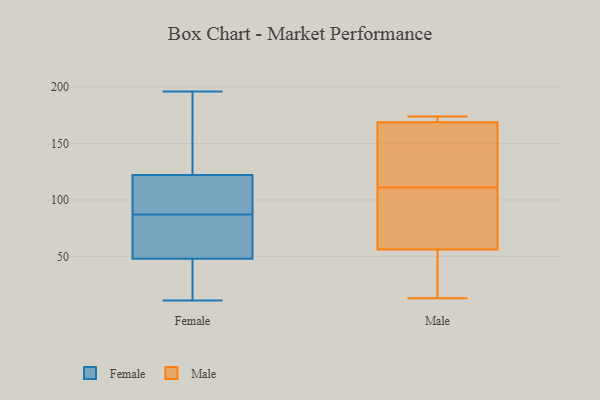
{"axis": {"x": "Population (Million)", "y": "Value"}, "legend": ["Female", "Male"], "data": [{"x": "", "y": 70, "type": "Female"}, {"x": "", "y": 181, "type": "Female"}, {"x": "", "y": 11, "type": "Female"}, {"x": "", "y": 62, "type": "Female"}, {"x": "", "y": 80, "type": "Female"}, {"x": "", "y": 95, "type": "Female"}, {"x": "", "y": 114, "type": "Female"}, {"x": "", "y": 34, "type": "Female"}, {"x": "", "y": 176, "type": "Female"}, {"x": "", "y": 31, "type": "Female"}, {"x": "", "y": 76, "type": "Female"}, {"x": "", "y": 152, "type": "Female"}, {"x": "", "y": 122, "type": "Female"}, {"x": "", "y": 94, "type": "Female"}, {"x": "", "y": 97, "type": "Female"}, {"x": "", "y": 196, "type": "Female"}, {"x": "", "y": 37, "type": "Female"}, {"x": "", "y": 48, "type": "Female"}, {"x": "", "y": 171, "type": "Male"}, {"x": "", "y": 131, "type": "Male"}, {"x": "", "y": 162, "type": "Male"}, {"x": "", "y": 13, "type": "Male"}, {"x": "", "y": 67, "type": "Male"}, {"x": "", "y": 53, "type": "Male"}, {"x": "", "y": 65, "type": "Male"}, {"x": "", "y": 110, "type": "Male"}, {"x": "", "y": 174, "type": "Male"}, {"x": "", "y": 174, "type": "Male"}, {"x": "", "y": 142, "type": "Male"}, {"x": "", "y": 172, "type": "Male"}, {"x": "", "y": 52, "type": "Male"}, {"x": "", "y": 111, "type": "Male"}, {"x": "", "y": 22, "type": "Male"}]}